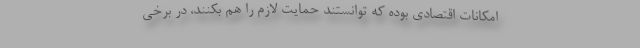
امکانات اقتصادی بوده که توانستند حمایت لازم را هم بکنند، در برخی